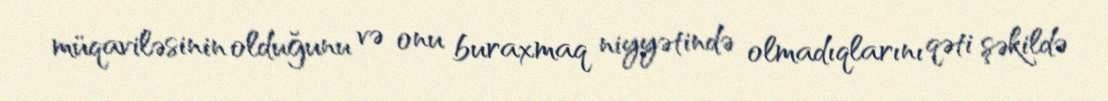
müqaviləsinin olduğunu və onu buraxmaq niyyətində olmadıqlarını qəti şəkildə